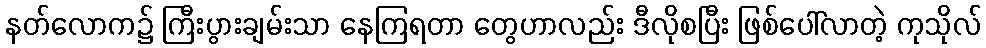
နတ်လောက၌ ကြီးပွားချမ်းသာ နေကြရတာ တွေဟာလည်း ဒီလိုစပြီး ဖြစ်ပေါ်လာတဲ့ ကုသိုလ်